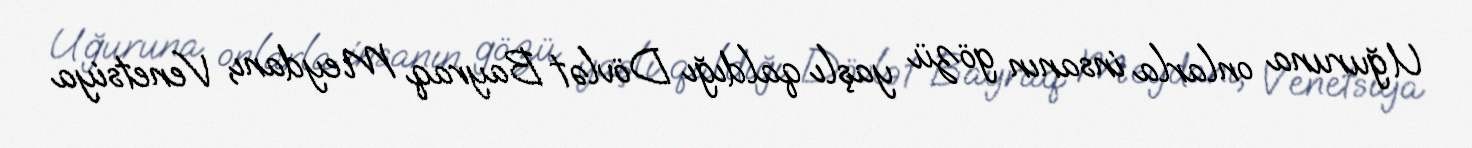
Uğuruna onlarla insanın gözü yaşlı qaldığı Dövlət Bayraq Meydanı, Venetsiya